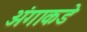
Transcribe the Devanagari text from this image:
अंगाकडे